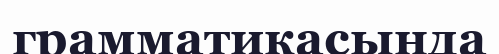
грамматикасында